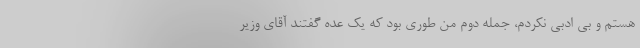
هستم و بی ادبی نکردم، جمله دوم من طوری بود که یک عده گفتند آقای وزیر